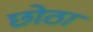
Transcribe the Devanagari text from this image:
छोठा